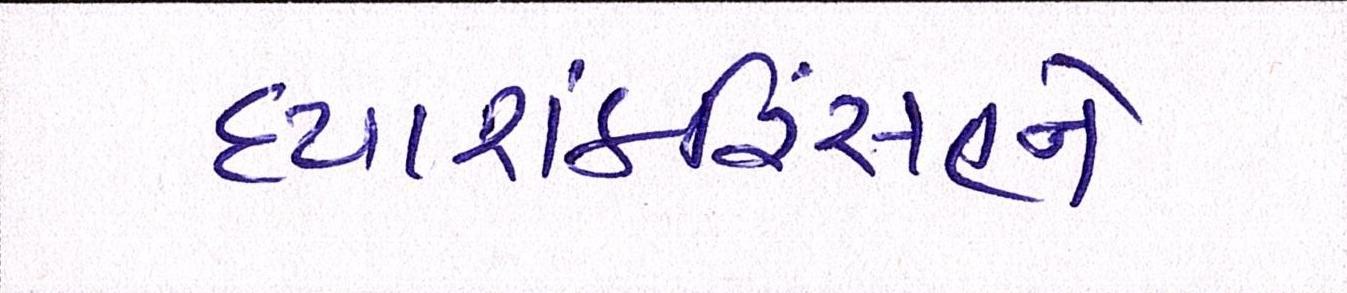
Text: દયાશંકરિંસહને